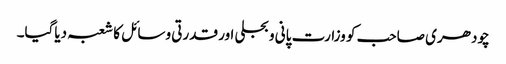
چودھری صاحب کو وزارت پانی و بجلی اور قدرتی وسائل کا شعبہ دیاگیا۔